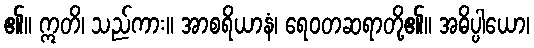
၏။ ဣတိ၊ သည်ကား။ အာစရိယာနံ၊ ရေဝတဆရာတို့၏။ အဓိပ္ပါယော၊